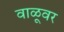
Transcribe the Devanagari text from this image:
वाळूवर